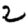
Digit: 2